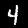
Label: 4